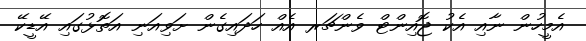
އެމީހުން ނާއި އެކު ޖޮއިންޓް ވެންޗަރ އެއް ހަދައިގެން ށަވިއަނި އަތޮޅުގައި އޭޑީކޭ